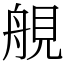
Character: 䚀